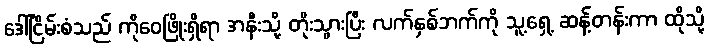
ဒေါ်ငြိမ်းစံသည် ကိုဝေဖြိုးရှိရာ အနီးသို့ တိုးသွားပြီး လက်နှစ်ဘက်ကို သူ့ရှေ့ ဆန့်တန်းကာ ထိုသို့